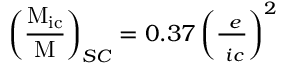
\operatorname { \left( { \frac { \operatorname { M } _ { i c } } { M } } \right) } _ { S C } = 0 . 3 7 \left( { \frac { \operatorname { \mu } _ { e } } { \operatorname { \mu } _ { i c } } } \right) ^ { 2 }